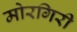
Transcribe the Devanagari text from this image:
मोरगिरी